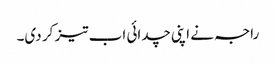
راجہ نے اپنی چدائی اب تیز کر دی۔